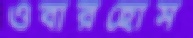
ওবারহোস